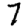
Digit: 7